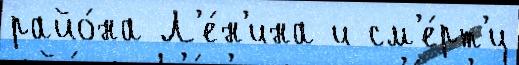
райо́на Л'е́н'ина и см'е́рт'и